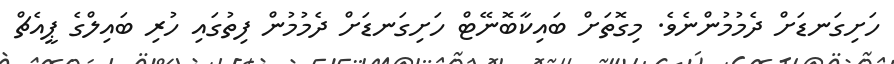
ހަށިގަނޑަށް ދެމުމުންނެވެ. މިގޮތަށް ބައިކާބޮނޭޓް ހަށިގަނޑަށް ދެމުމުން ފިތުގައި ހުރި ބައިލްގެ ޕީއެޗް